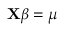
\mathbf { X } { \boldsymbol { \beta } } = \mu \,